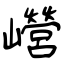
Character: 巆